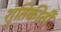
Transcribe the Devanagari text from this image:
श्रुतिकीर्ती